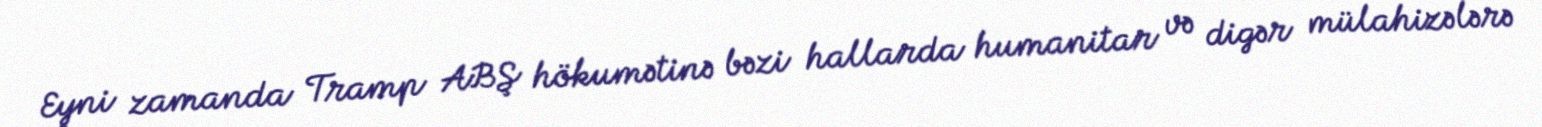
Eyni zamanda Tramp ABŞ hökumətinə bəzi hallarda humanitar və digər mülahizələrə